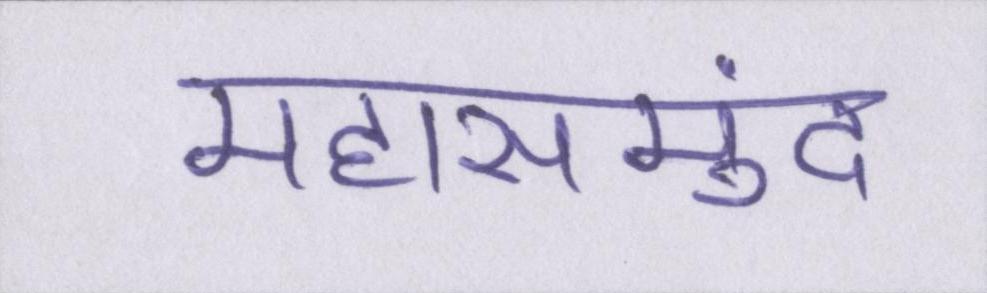
महासमुंद